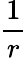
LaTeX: \frac{1}{r}